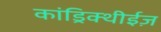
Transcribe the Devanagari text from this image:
कांड्रिक्थीईज़